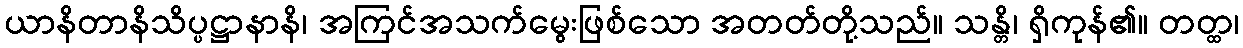
ယာနိတာနိသိပ္ပဋ္ဌာနာနိ၊ အကြင်အသက်မွေးဖြစ်သော အတတ်တို့သည်။ သန္တိ၊ ရှိကုန်၏။ တတ္ထ၊